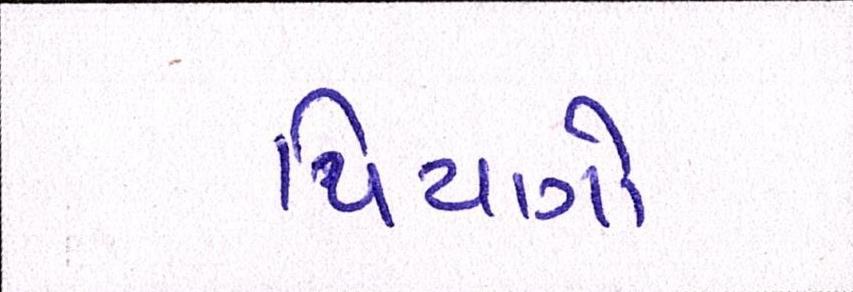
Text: પિયાગો